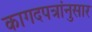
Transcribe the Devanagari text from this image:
कागदपत्रांनुसार